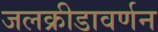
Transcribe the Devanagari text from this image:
जलक्रीडावर्णन